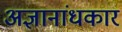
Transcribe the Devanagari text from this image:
अज्ञानांधकार